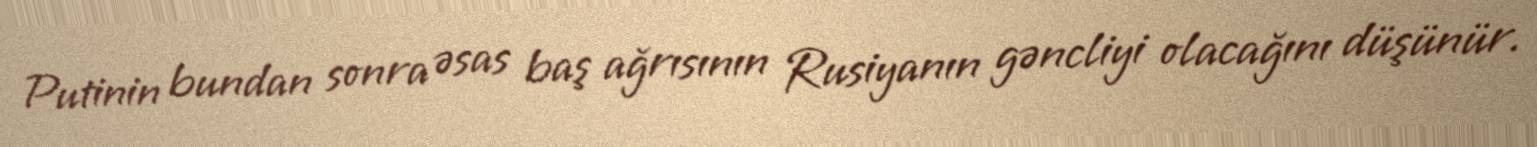
Putinin bundan sonra əsas baş ağrısının Rusiyanın gəncliyi olacağını düşünür.